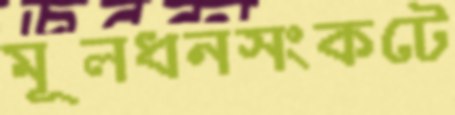
মূলধনসংকটে